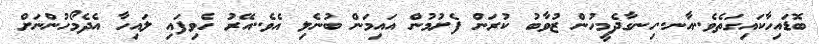
ބޮޑައިހާކައިގަތެވެ..އާނ..ހިނގާދެމީހުން ޒުވާބު ކުރަން ފެށުމުން އައިމަން ބުނެލި އެވެ..އޭރު ހެވިފައި ލައިހާ އެދެމޯހުންނަށް